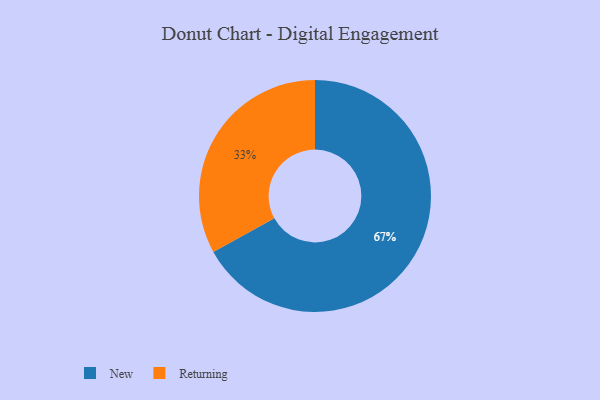
{"axis": {"x": "Category", "y": "Percentage"}, "legend": ["New", "Returning"], "data": [{"x": "New", "y": 67, "type": "New"}, {"x": "Returning", "y": 33, "type": "Returning"}]}